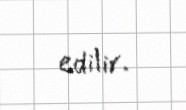
edilir.